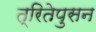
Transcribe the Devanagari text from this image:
त्रितेपुसन